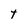
Character: t